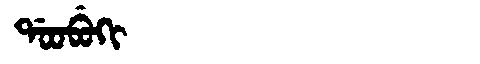
Manchu: ᡩᠣᠣᠪᡠᡴᡳ
Romanization: DOOBUKI